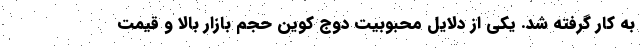
به کار گرفته شد. یکی از دلایل محبوبیت دوج کوین حجم بازار بالا و قیمت